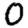
Digit: 0